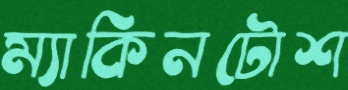
ম্যাকিনটোশ